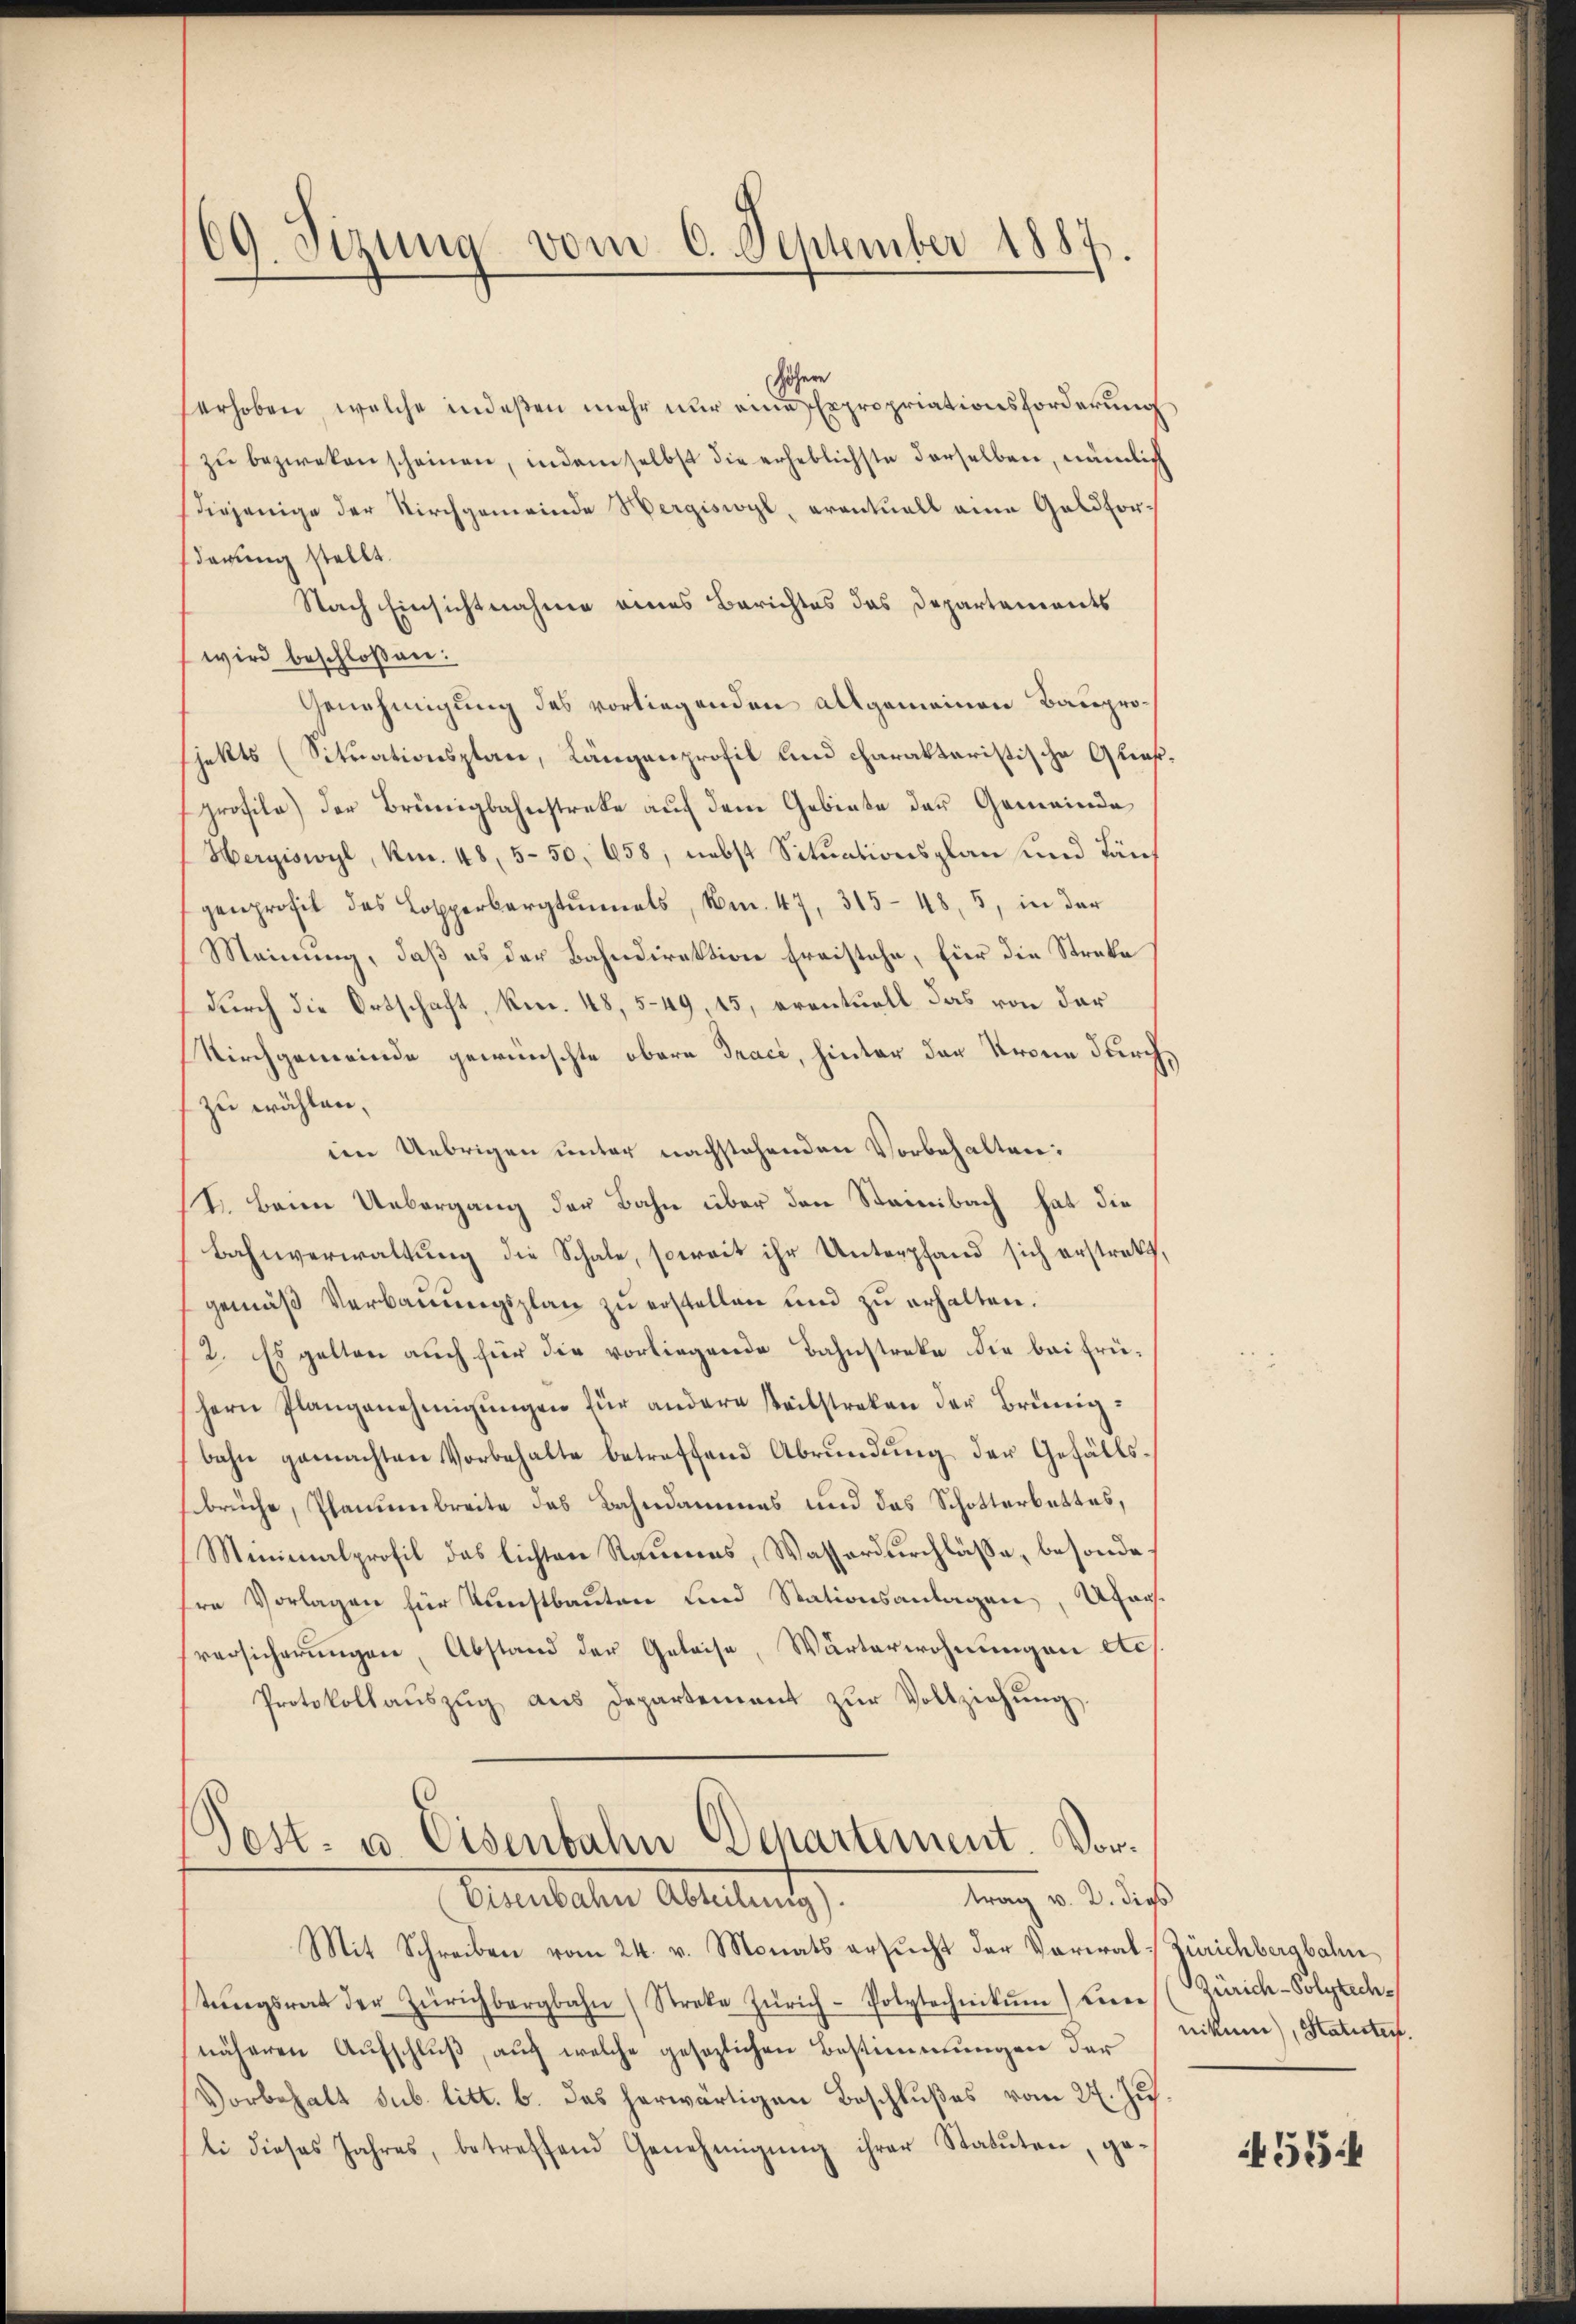
69. Sizung vom 6. September 1887.

höhere
erhoben, welche indeßen mehr nur eine Expropriationsforderung
zŭ bezweken scheinen, indem selbst die erheblichste derselben, nämlich
diejenige der Kirchgemeinde Wergiswyl, eventuell eine Geldfordarung stellt.
Nach Einsichtnahme eines Berichtes das Departements
wird beschloßen:
Genehmigung des vorliegenden allgemeinen Bauprojekts (Situationsplan, Längenprofil und charakteristische Gließ.
profile) der Brünigbahnstreke auf dem Gebiete der Gemeinde
Hergiswyl, Km. 48, 5-50, 658, nebst Situationsplan und Täuf
genprofil das Losperbargtŭnals, m. 47, 315-48, 5, in der
Meinung, daß es der Bahndirektion freistehe, für die Streke
durch die Ortschaft, knr. 48, 5-49, 15, eventuell das von der
Kirchgemeinde gewünschte obern Trace, hinter der Krone durch,
zu wählen,
im Uebrigen unter nachstehenden Vorbehalten:
V. Beim Uebergang der Bahn über den Steinbach hat die
Bahnverwaltung die Schale, soweit ihr Unterpfand sich erstrakt,
gemäß Verbauungsplan zu erstellen und zu erhalten.
12. Es gelten auch für die vorliegende Bahnstreke die bei frühern Plangenehmigŭngen für andere steilstreken der Brünigbahn gemachten Vorbehalte betreffend Abrundung der Gefällssbrüche, Plantenbreite das Bahndammes und das Schotterbettes,
Minimalprofil das lichten Raumes, Wasserdurchlässe, besondehre Vorlagen für Kunstbauten und Stationsanlagen, Aarversicherŭngen, Abstand der Geleise, Wärterwohnungen etc.
Protokollaŭszŭg aŭs Departement zŭr Vollziehŭng.
Post- u Eisenbahn Departement. Vortrag v. 2. dies
Eine daher Abritant
Mit Schreiben vom 24. v. Monats ersŭcht der Vorwal-Zürichbergbahn
tŭngsrat der Zürichbergbahn (Streke Zürich-Polytechnikŭm) Herre (Zürich-Polytechnäheren Aufschluß, auf welche gesezlichen Bestimmungen der
Vorbehalt sub. litt. b. das herwärtigen Beschlußes vom 27. Jus
li dieses Jahres, betreffend Genehmigŭng ihrer Statuten, ge-

niker), Statuten.

55